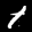
Label: 1